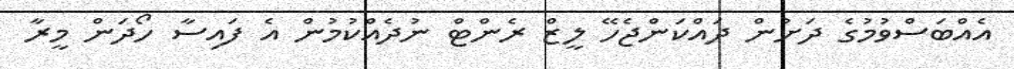
އެއްބަސްވުމުގެ ދަށުން ދައްކަންޖެހޭ ލީޒް ރެންޓް ނުދެއްކުމުން އެ ފައިސާ ހޯދަން މީރާ